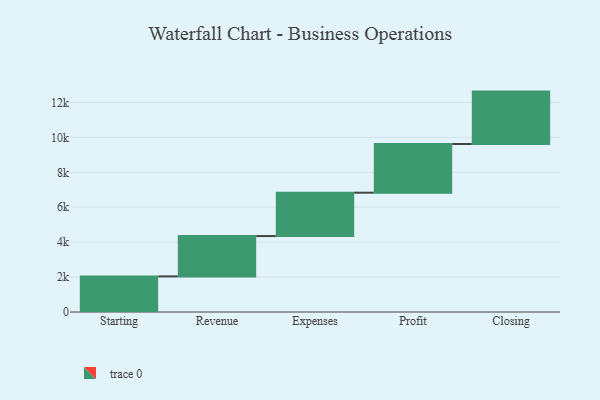
{"axis": {"x": "Step", "y": "Value"}, "legend": [""], "data": [{"x": "Starting", "y": 2039.0, "type": ""}, {"x": "Revenue", "y": 2309.0, "type": ""}, {"x": "Expenses", "y": 2484.0, "type": ""}, {"x": "Profit", "y": 2789.0, "type": ""}, {"x": "Closing", "y": 3000, "type": ""}]}